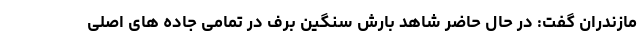
مازندران گفت: در حال حاضر شاهد بارش سنگین برف در تمامی جاده های اصلی